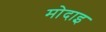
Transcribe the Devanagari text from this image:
मोदाइ